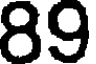
89